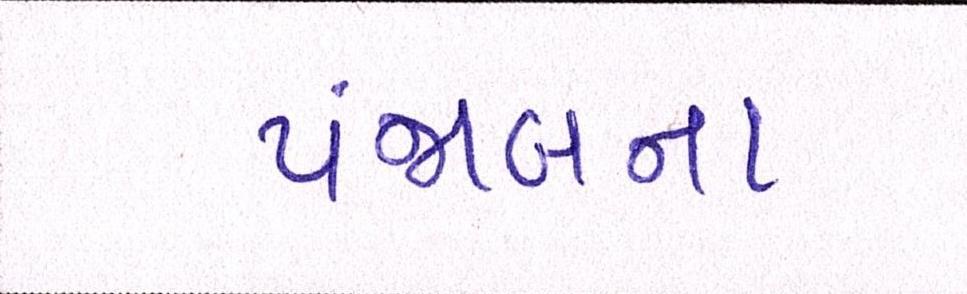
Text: પંજાબના